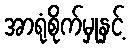
အာရုံစိုက်မှုနှင့်